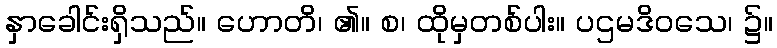
နှာခေါင်းရှိသည်။ ဟောတိ၊ ၏။ စ၊ ထိုမှတစ်ပါး။ ပဌမဒိဝသေ၊ ၌။